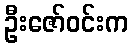
ဦးဇော်ဝင်းက